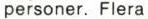
personer. Flera